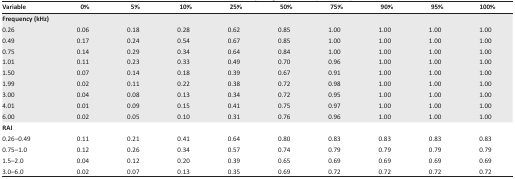
<table><thead><tr><td><b>Variable</b></td><td><b>0%</b></td><td><b>5%</b></td><td><b>10%</b></td><td><b>25%</b></td><td><b>50%</b></td><td><b>75%</b></td><td><b>90%</b></td><td><b>95%</b></td><td><b>100%</b></td></tr></thead><tbody><tr><td colspan="10"><b>Frequency (kHz)</b></td></tr><tr><td>0.26</td><td>0.06</td><td>0.18</td><td>0.28</td><td>0.62</td><td>0.85</td><td>1.00</td><td>1.00</td><td>1.00</td><td>1.00</td></tr><tr><td>0.49</td><td>0.17</td><td>0.24</td><td>0.54</td><td>0.67</td><td>0.85</td><td>1.00</td><td>1.00</td><td>1.00</td><td>1.00</td></tr><tr><td>0.75</td><td>0.14</td><td>0.29</td><td>0.34</td><td>0.64</td><td>0.84</td><td>1.00</td><td>1.00</td><td>1.00</td><td>1.00</td></tr><tr><td>1.01</td><td>0.11</td><td>0.23</td><td>0.33</td><td>0.49</td><td>0.70</td><td>0.96</td><td>1.00</td><td>1.00</td><td>1.00</td></tr><tr><td>1.50</td><td>0.07</td><td>0.14</td><td>0.18</td><td>0.39</td><td>0.67</td><td>0.91</td><td>1.00</td><td>1.00</td><td>1.00</td></tr><tr><td>1.99</td><td>0.02</td><td>0.11</td><td>0.22</td><td>0.38</td><td>0.72</td><td>0.98</td><td>1.00</td><td>1.00</td><td>1.00</td></tr><tr><td>3.00</td><td>0.04</td><td>0.08</td><td>0.13</td><td>0.34</td><td>0.72</td><td>0.95</td><td>1.00</td><td>1.00</td><td>1.00</td></tr><tr><td>4.01</td><td>0.01</td><td>0.09</td><td>0.15</td><td>0.41</td><td>0.75</td><td>0.97</td><td>1.00</td><td>1.00</td><td>1.00</td></tr><tr><td>6.00</td><td>0.02</td><td>0.05</td><td>0.10</td><td>0.31</td><td>0.76</td><td>0.96</td><td>1.00</td><td>1.00</td><td>1.00</td></tr><tr><td colspan="10"><b>RAI</b></td></tr><tr><td>0.26–0.49</td><td>0.11</td><td>0.21</td><td>0.41</td><td>0.64</td><td>0.80</td><td>0.83</td><td>0.83</td><td>0.83</td><td>0.83</td></tr><tr><td>0.75–1.0</td><td>0.12</td><td>0.26</td><td>0.34</td><td>0.57</td><td>0.74</td><td>0.79</td><td>0.79</td><td>0.79</td><td>0.79</td></tr><tr><td>1.5–2.0</td><td>0.04</td><td>0.12</td><td>0.20</td><td>0.39</td><td>0.65</td><td>0.69</td><td>0.69</td><td>0.69</td><td>0.69</td></tr><tr><td>3.0–6.0</td><td>0.02</td><td>0.07</td><td>0.13</td><td>0.35</td><td>0.69</td><td>0.72</td><td>0.72</td><td>0.72</td><td>0.72</td></tr></tbody></table>